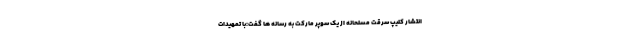
انتشار کلیپ سرقت مسلحانه از یک سوپر مارکت به رسانه ها گفت:با تمهیدات